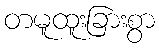
တမူထူးခြားစွာ